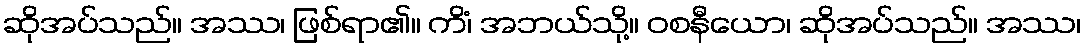
ဆိုအပ်သည်။ အဿ၊ ဖြစ်ရာ၏။ ကိံ၊ အဘယ်သို့။ ဝစနီယော၊ ဆိုအပ်သည်။ အဿ၊